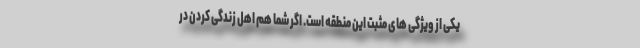
یکی از ویژگی های مثبت این منطقه است. اگر شما هم اهل زندگی کردن در